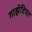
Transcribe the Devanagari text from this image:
गाझेटिएर